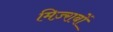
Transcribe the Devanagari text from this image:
मिज़्राबों